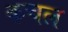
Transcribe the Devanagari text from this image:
कचल